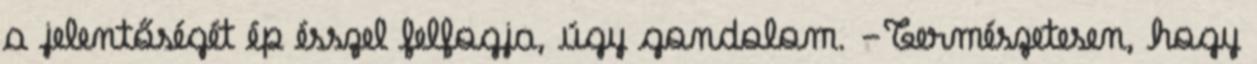
a jelentőségét ép ésszel felfogja, úgy gondolom. -Természetesen, hogy